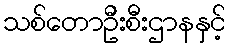
သစ်တောဦးစီးဌာနနှင့်